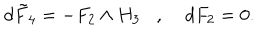
d \tilde { F } _ { 4 } = - F _ { 2 } \wedge H _ { 3 } , \; d F _ { 2 } = 0 .